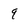
Character: q